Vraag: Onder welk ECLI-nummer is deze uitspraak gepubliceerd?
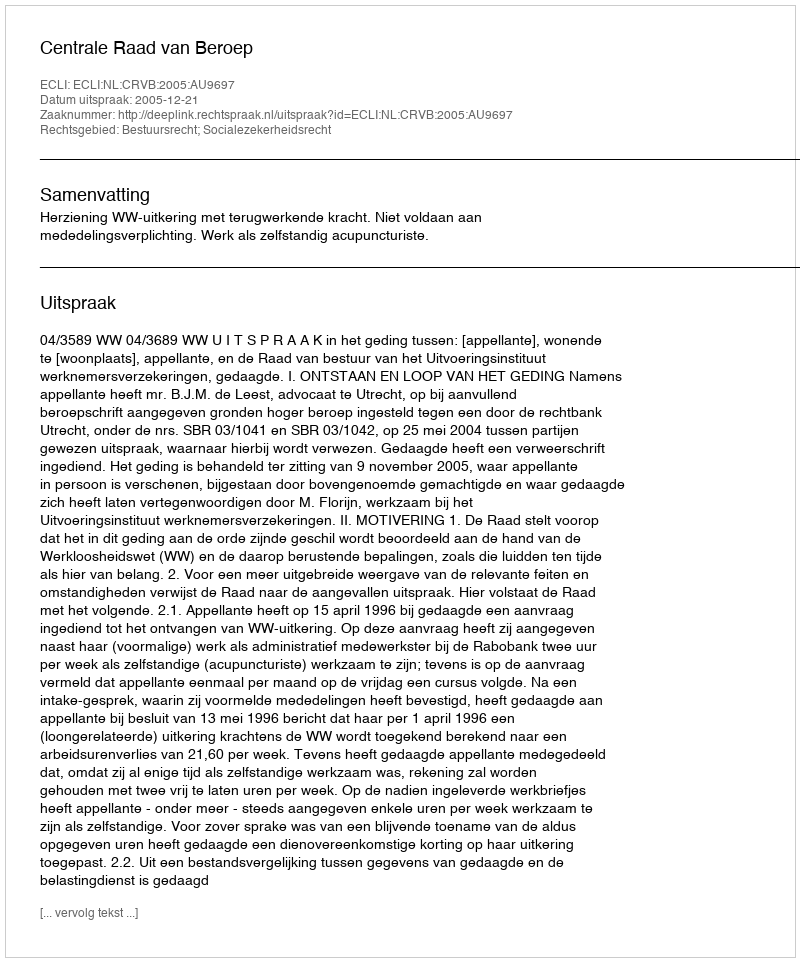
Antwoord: ECLI:NL:CRVB:2005:AU9697